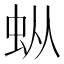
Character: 𰲯